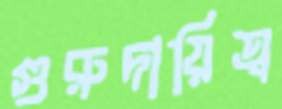
গুরুদায়িত্ব